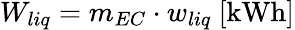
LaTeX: W_{liq}=m_{EC}\cdot w_{liq}\ [\mathrm{kWh}]